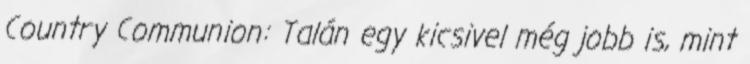
Country Communion: Talán egy kicsivel még jobb is, mint